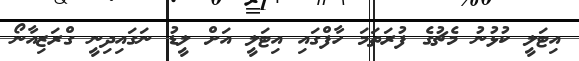
އިޓަލީ ކުޅުނު މެޗުގެ ފުރަތަމަ ހާފްގައި އިޓަލީ އަށް ލީޑު ނަގައިދިނީ ގްރަޒިއާނޯ